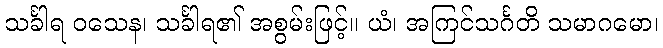
သင်္ခါရ ဝသေန၊ သင်္ခါရ၏ အစွမ်းဖြင့်။ ယံ၊ အကြင်သင်္ဂတိ သမာဂမော၊